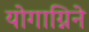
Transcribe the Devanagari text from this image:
योगाग्निने